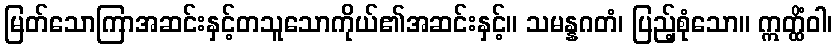
မြတ်သောကြာအဆင်းနှင့်တသူသောကိုယ်၏အဆင်းနှင့်။ သမန္နဂတံ၊ ပြည့်စုံသော။ ဣတ္ထိံဝါ၊